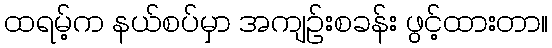
ထရမ့်က နယ်စပ်မှာ အကျဉ်းစခန်း ဖွင့်ထားတာ။